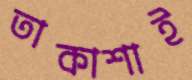
তাকাশাই